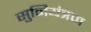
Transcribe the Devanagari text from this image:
सुनियंत्रण